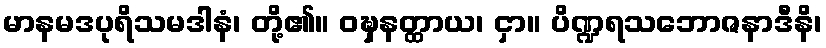
မာနမဒပုရိသမဒါနံ၊ တို့၏။ ဝဍ္ဎှနတ္ထာယ၊ ငှာ။ ပိဏ္ဍရသဘောဇနာဒီနိ၊